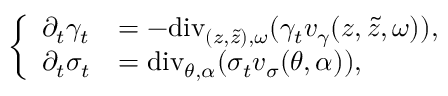
\left\{ \begin{array} { l l } { \partial _ { t } \gamma _ { t } } & { = - \mathrm { d i v } _ { ( z , \tilde { z } ) , \omega } ( \gamma _ { t } v _ { \gamma } ( z , \tilde { z } , \omega ) ) , } \\ { \partial _ { t } \sigma _ { t } } & { = \mathrm { d i v } _ { \theta , \alpha } ( \sigma _ { t } v _ { \sigma } ( \theta , \alpha ) ) , } \end{array} \right.